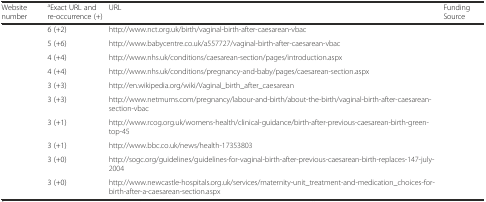
<table><thead><tr><td><b>Website number</b></td><td><b><sup>a</sup>Exact URL and re-occurrence (+)</b></td><td><b>URL</b></td><td><b>Funding Source</b></td></tr></thead><tbody><tr><td>[EMPTY_CELL]</td><td>6 (+2)</td><td>http://www.nct.org.uk/birth/vaginal-birth-after-caesarean-vbac</td><td>[EMPTY_CELL]</td></tr><tr><td>[EMPTY_CELL]</td><td>5 (+6)</td><td>http://www.babycentre.co.uk/a557727/vaginal-birth-after-caesarean-vbac</td><td>[EMPTY_CELL]</td></tr><tr><td>[EMPTY_CELL]</td><td>4 (+4)</td><td>http://www.nhs.uk/conditions/caesarean-section/pages/introduction.aspx</td><td>[EMPTY_CELL]</td></tr><tr><td>[EMPTY_CELL]</td><td>4 (+4)</td><td>http://www.nhs.uk/conditions/pregnancy-and-baby/pages/caesarean-section.aspx</td><td>[EMPTY_CELL]</td></tr><tr><td>[EMPTY_CELL]</td><td>3 (+3)</td><td>http://en.wikipedia.org/wiki/Vaginal_birth_after_caesarean</td><td>[EMPTY_CELL]</td></tr><tr><td>[EMPTY_CELL]</td><td>3 (+3)</td><td>http://www.netmums.com/pregnancy/labour-and-birth/about-the-birth/vaginal-birth-after-caesarean-section-vbac</td><td>[EMPTY_CELL]</td></tr><tr><td>[EMPTY_CELL]</td><td>3 (+1)</td><td>http://www.rcog.org.uk/womens-health/clinical-guidance/birth-after-previous-caesarean-birth-green-top-45</td><td>[EMPTY_CELL]</td></tr><tr><td>[EMPTY_CELL]</td><td>3 (+1)</td><td>http://www.bbc.co.uk/news/health-17353803</td><td>[EMPTY_CELL]</td></tr><tr><td>[EMPTY_CELL]</td><td>3 (+0)</td><td>http://sogc.org/guidelines/guidelines-for-vaginal-birth-after-previous-caesarean-birth-replaces-147-july-2004</td><td>[EMPTY_CELL]</td></tr><tr><td>[EMPTY_CELL]</td><td>3 (+0)</td><td>http://www.newcastle-hospitals.org.uk/services/maternity-unit_treatment-and-medication_choices-for-birth-after-a-caesarean-section.aspx</td><td>[EMPTY_CELL]</td></tr></tbody></table>